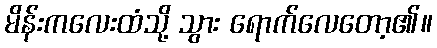
မိန်းကလေးထံသို့ သွား ရောက်လေတော့၏။